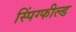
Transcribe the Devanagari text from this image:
स्पिंग्फील्ड